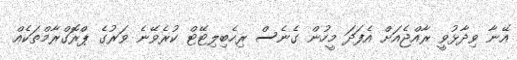
އޭނާ ވިދާޅުވީ ރާއްޖެއަށް އެފަދަ މީހުން ގެނެސް ރިހެބިލިޓޭޓް ކުރެވޭނެ ވަރުގެ ޕްރޮގްރާމްތަކެއް